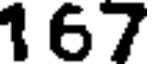
167